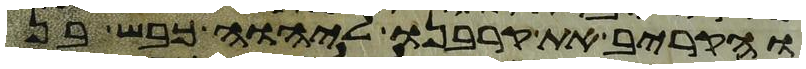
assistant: והקריב את קרבנו ליהוה כבש בן